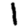
Digit: 1